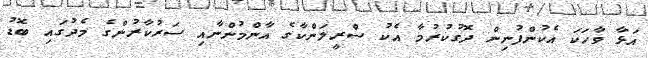
އަޅާ ވާހަކަ އެކުންފުނިން ދޮގުކުރުމާ އެކު ސްރީލަންކާގެ އާންމުންނާއި ސަރުކާރުންގެ މެދުގައި ބޮޑު